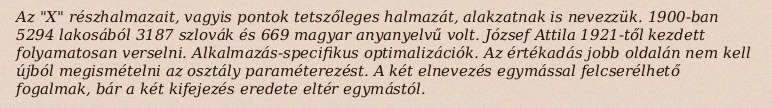
Az "X" részhalmazait, vagyis pontok tetszőleges halmazát, alakzatnak is nevezzük. 1900-ban 5294 lakosából 3187 szlovák és 669 magyar anyanyelvű volt. József Attila 1921-től kezdett folyamatosan verselni. Alkalmazás-specifikus optimalizációk. Az értékadás jobb oldalán nem kell újból megismételni az osztály paraméterezést. A két elnevezés egymással felcserélhető fogalmak, bár a két kifejezés eredete eltér egymástól.